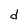
Character: d